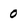
Character: 0